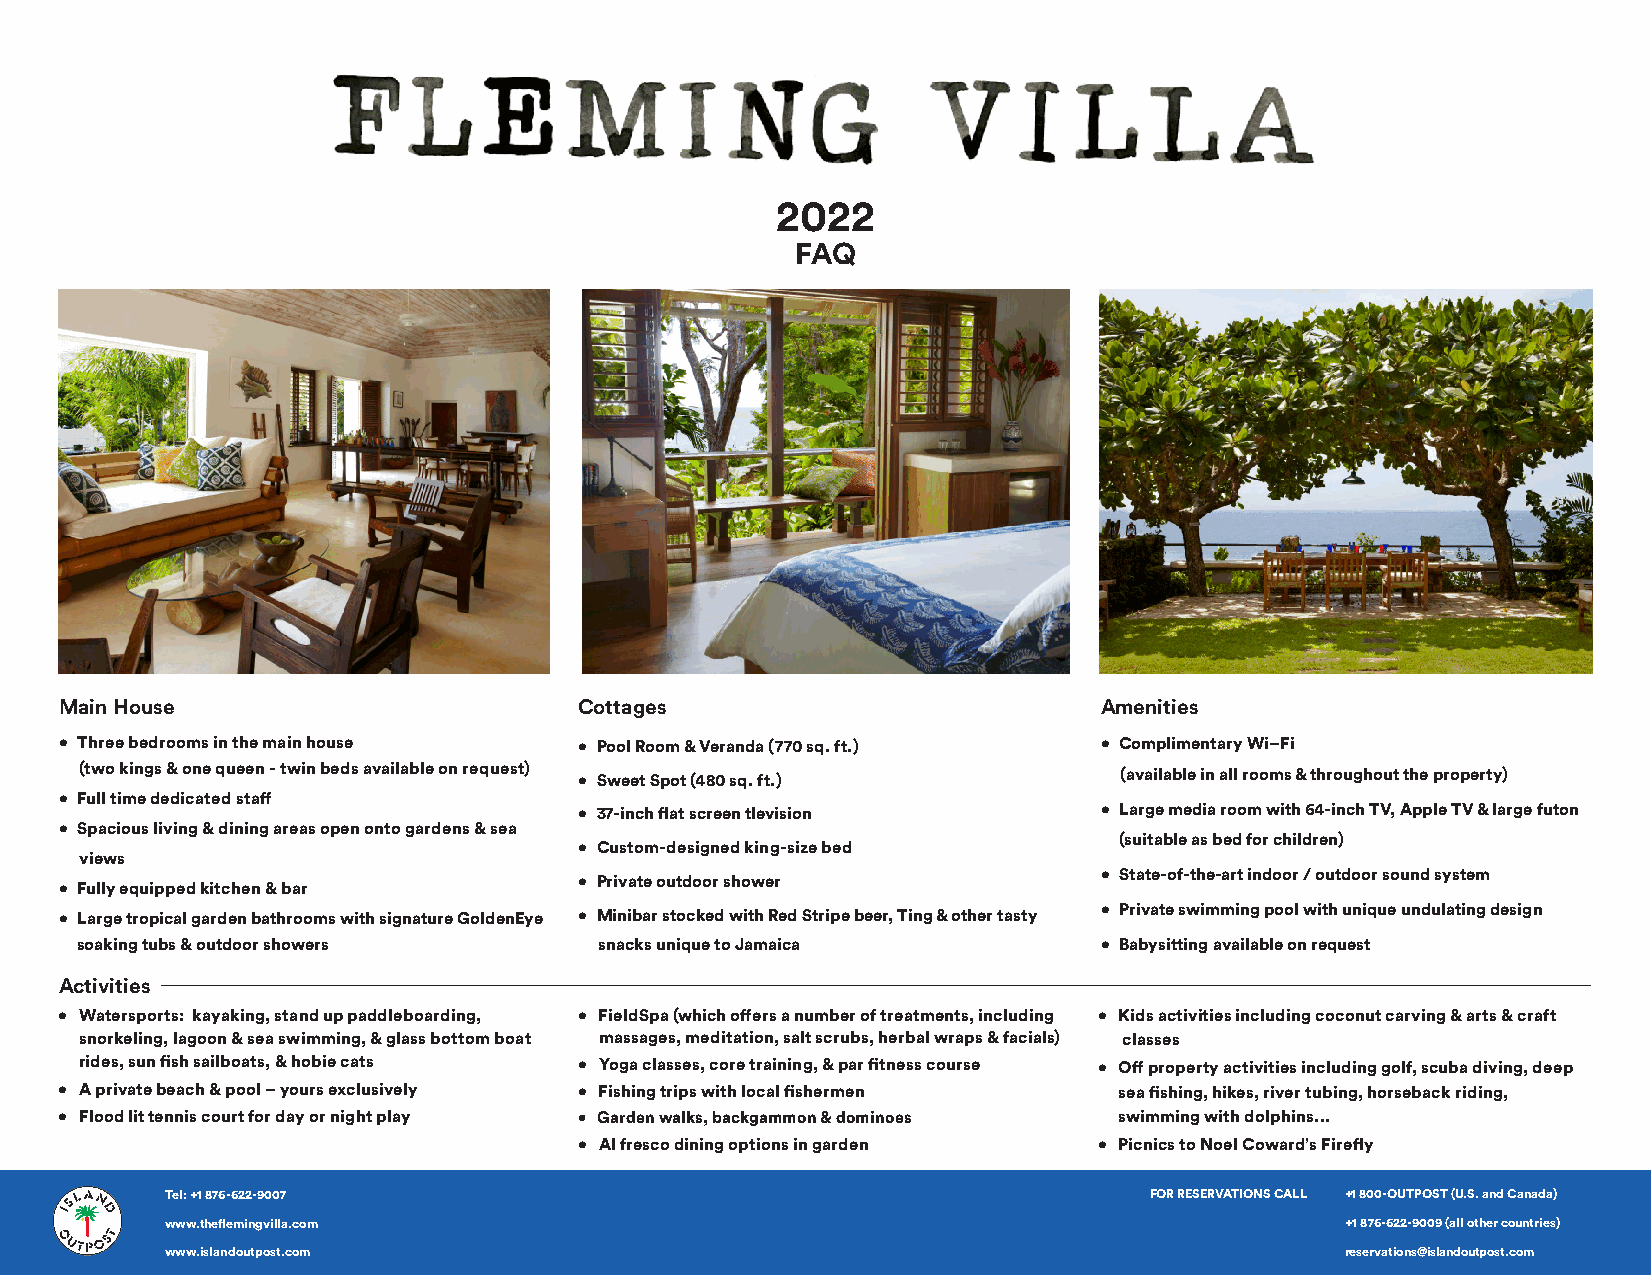
2022
 FAQ
 Main House                        Cottages                           Amenities
 • Three bedrooms in the main house • Pool Room & Veranda (770 sq. ft.) • Complimentary Wi–Fi
 (two kings & one queen - twin beds available on request) • Sweet Spot (480 sq. ft.) (available in all rooms & throughout the property)
 • Full time dedicated staff
 • 37-inch flat screen tlevision    • Large media room with 64-inch TV, Apple TV & large futon
 • Spacious living & dining areas open onto gardens & sea
 (suitable as bed for children)
 • Custom-designed king-size bed
 views
 • State-of-the-art indoor / outdoor sound system
 • Private outdoor shower
 • Fully equipped kitchen & bar
 • Large tropical garden bathrooms with signature GoldenEye • Minibar stocked with Red Stripe beer, Ting & other tasty • Private swimming pool with unique undulating design
 soaking tubs & outdoor showers     snacks unique to Jamaica         • Babysitting available on request
 Activities
 • Watersports: kayaking, stand up paddleboarding, • FieldSpa (which offers a number of treatments, including • Kids activities including coconut carving & arts & craft
 snorkeling, lagoon & sea swimming, & glass bottom boat massages, meditation, salt scrubs, herbal wraps & facials) classes
 rides, sun fish sailboats, & hobie cats • Yoga classes, core training, & par fitness course • Off property activities including golf, scuba diving, deep
 • A private beach & pool – yours exclusively • Fishing trips with local fishermen sea fishing, hikes, river tubing, horseback riding,
 • Flood lit tennis court for day or night play • Garden walks, backgammon & dominoes swimming with dolphins...
 • Al fresco dining options in garden • Picnics to Noel Coward’s Firefly
 Tel: +1 876-622-9007                                             FOR RESERVATIONS CALL +1 800-OUTPOST (U.S. and Canada)
 www.theflemingvilla.com                                                       +1 876-622-9009 (all other countries)
 www.islandoutpost.com                                                         reservations@islandoutpost.com